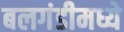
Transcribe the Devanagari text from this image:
बलगंडीमध्ये